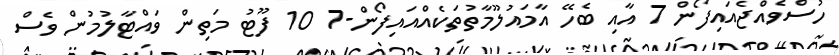
ހުސްވެއްޖެއައިފޯން 7 އާއި ބެހޭ އާމައުލޫމާތުތަކެއްއައިފޯން-7 10 ފޫޓު މަތިން ވައްޓާލުމުން ވެސް